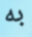
به